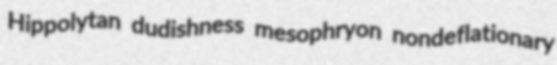
Hippolytan dudishness mesophryon nondeflationary